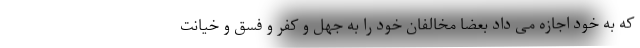
که به خود اجازه می داد بعضا مخالفان خود را به جهل و کفر و فسق و خیانت